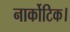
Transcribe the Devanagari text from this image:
नार्कोटिक।